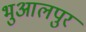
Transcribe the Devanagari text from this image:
भुआलपुर